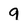
Character: 9